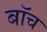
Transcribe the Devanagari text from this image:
बॉच